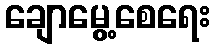
ချောမွေ့စေရေး